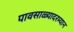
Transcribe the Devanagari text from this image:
पावसाळ्यादरम्यान